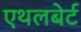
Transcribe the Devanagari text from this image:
एथलबेर्ट